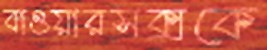
বাওয়ারসক্সকে